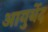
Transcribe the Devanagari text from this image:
आयुर्बेद